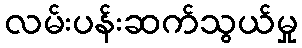
လမ်းပန်းဆက်သွယ်မှု